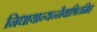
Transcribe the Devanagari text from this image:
निधायान्यन्नैवाश्रितमिह